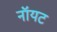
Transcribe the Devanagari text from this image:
नॉयट